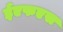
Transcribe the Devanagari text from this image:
ईएफएस